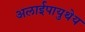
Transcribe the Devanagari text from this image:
अलाईपायुथेय